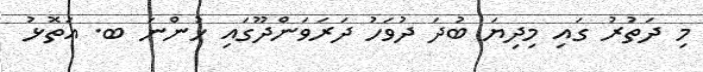
މި ދަތުރު ގައި މިދިޔަ ބުދަ ދުވަހު ދަރަވަންދޫގައި ހުންނަ ބ. އަތޮޅު